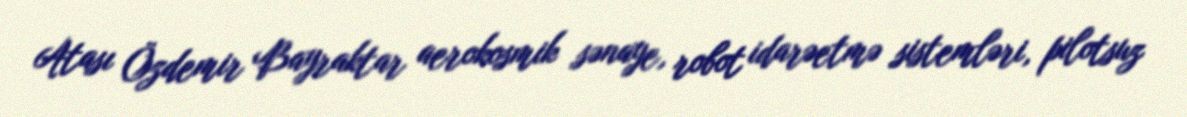
Atası Özdemir Bayraktar aerokosmik sənaye, robot idarəetmə sistemləri, pilotsuz